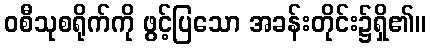
ဝစီသုစရိုက်ကို ဖွင့်ပြသော အခန်းတိုင်း၌ရှိ၏။